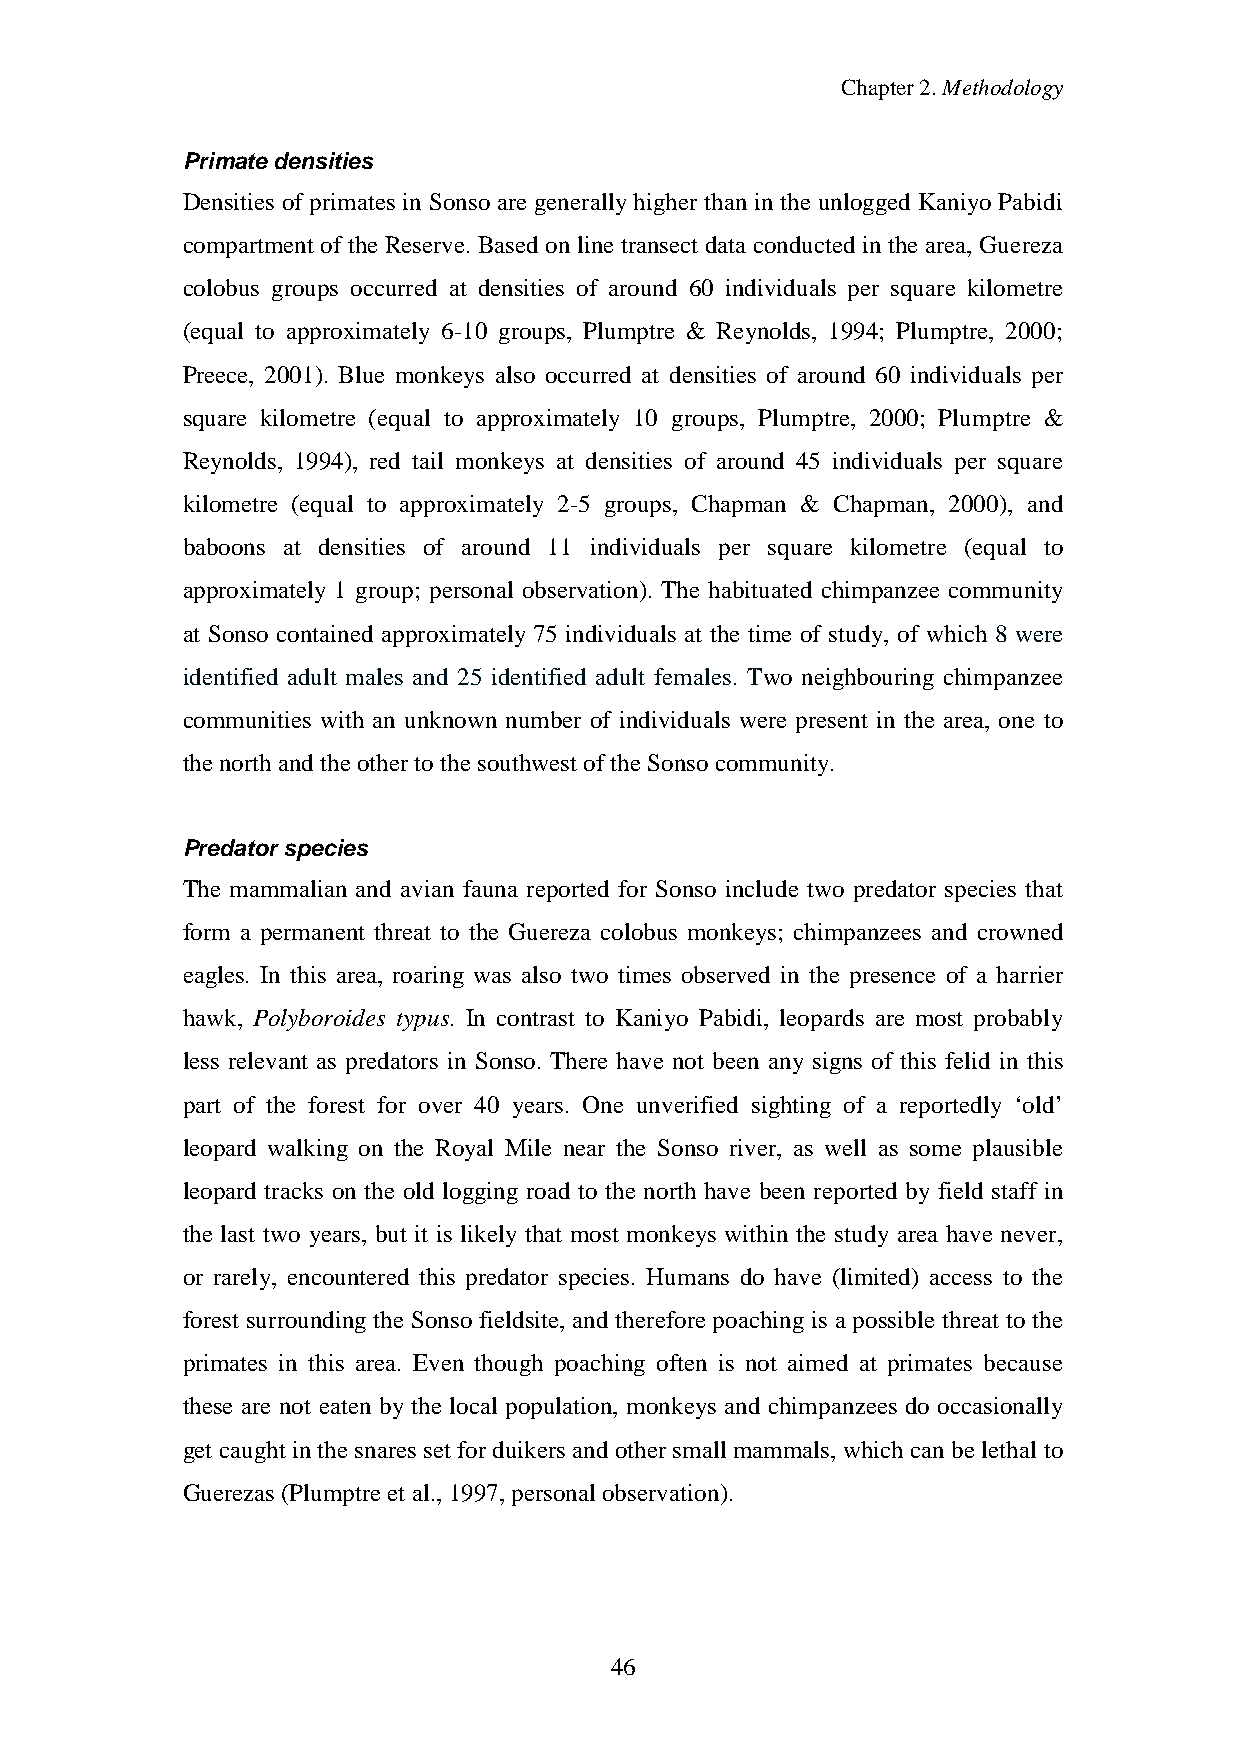
Chapter2.Methodology
 Primate densities
 Densities of primates in Sonso are generallyhigher than in the unlogged Kaniyo Pabidi
 compartment of the Reserve. Based on line transect data conducted in the area, Guereza
 colobus groups occurred at densities of around 60 individuals per square kilometre
 (equal to approximately 6-10 groups, Plumptre & Reynolds, 1994; Plumptre, 2000;
 Preece, 2001). Blue monkeys also occurred at densities of around 60 individuals per
 square kilometre (equal to approximately 10 groups, Plumptre, 2000; Plumptre &
 Reynolds, 1994), red tail monkeys at densities of around 45 individuals per square
 kilometre (equal to approximately 2-5 groups, Chapman & Chapman, 2000), and
 baboons at densities of around 11 individuals per square kilometre (equal to
 approximately 1 group; personal observation). The habituated chimpanzee community
 at Sonso contained approximately 75 individuals at the time of study, of which 8 were
 identified adult males and 25 identified adult females. Two neighbouring chimpanzee
 communities with an unknown number of individuals were present in the area, one to
 thenorthandtheotherto thesouthwest oftheSonso community.
 Predator species
 The mammalian and avian fauna reported for Sonso include two predator species that
 form a permanent threat to the Guereza colobus monkeys; chimpanzees and crowned
 eagles. In this area, roaring was also two times observed in the presence of a harrier
 hawk, Polyboroides typus. In contrast to Kaniyo Pabidi, leopards are most probably
 less relevant as predators in Sonso. There have not been any signs of this felid in this
 part of the forest for over 40 years. One unverified sighting of a reportedly ‘old’
 leopard walking on the Royal Mile near the Sonso river, as well as some plausible
 leopard tracks on the old logging road to the north have been reported by field staff in
 the last two years, but it is likely that most monkeys within the study area have never,
 or rarely, encountered this predator species. Humans do have (limited) access to the
 forest surrounding the Sonso fieldsite, and therefore poaching is a possible threat to the
 primates in this area. Even though poaching often is not aimed at primates because
 these are not eaten by the local population, monkeys and chimpanzees do occasionally
 get caught inthesnares set forduikers andothersmall mammals, whichcanbelethal to
 Guerezas (Plumptreet al.,1997,personal observation).
 46